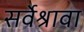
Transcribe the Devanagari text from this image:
सर्वेश्रावा